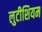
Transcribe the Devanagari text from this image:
लुटीशियम